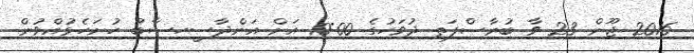
2016 ޖޫން 23 ވާ ބުރާސްފަތި ދުވަހުގެ 10:00 އަށް އަންދާސީހިސާބު ހުށަހެޅުއްވުން